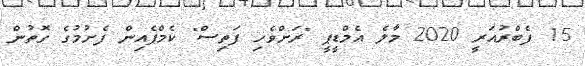
15 ފެބްރުއަރީ 2020 މާލެ އެމްޑީޕީ "ރަށްވެހި ފަތިސް" ކެމްޕެއިން ފެށުމުގެ ގޮތުން